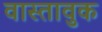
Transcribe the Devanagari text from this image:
वास्तावुक